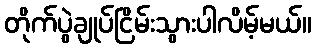
တိုက်ပွဲချုပ်ငြိမ်းသွားပါလိမ့်မယ်။